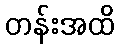
တန်းအထိ